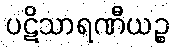
ပဋိသာရဏီယဉ္စ